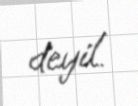
deyil.